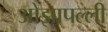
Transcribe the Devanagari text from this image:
ओझापल्ली